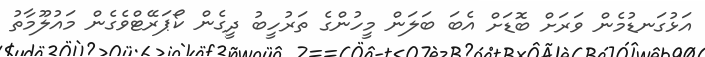
އަޅުގަނޑުމެން ވަރަށް ބޮޑަށް އެބަ ބަލަން މީހުންގެ ތަރުހީބު ދީގެން ކޯޕަރޭޓްވެގެން މައުލޫމާތު